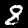
Digit: 8